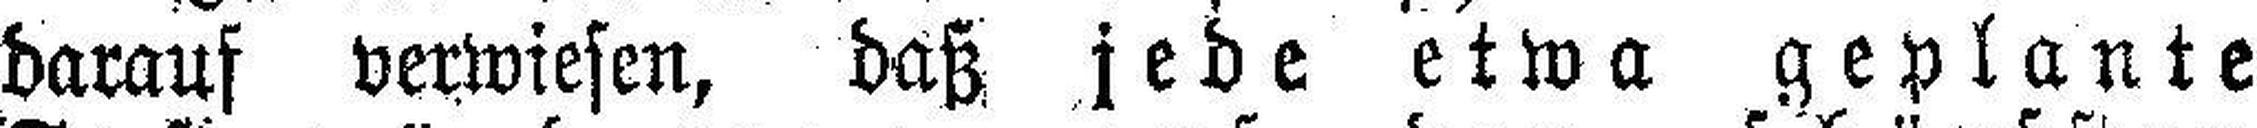
darauf verwiesen, daß jede etwa geplante